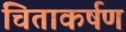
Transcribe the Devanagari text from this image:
चिताकर्षण